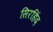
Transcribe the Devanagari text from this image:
सिरहिंद